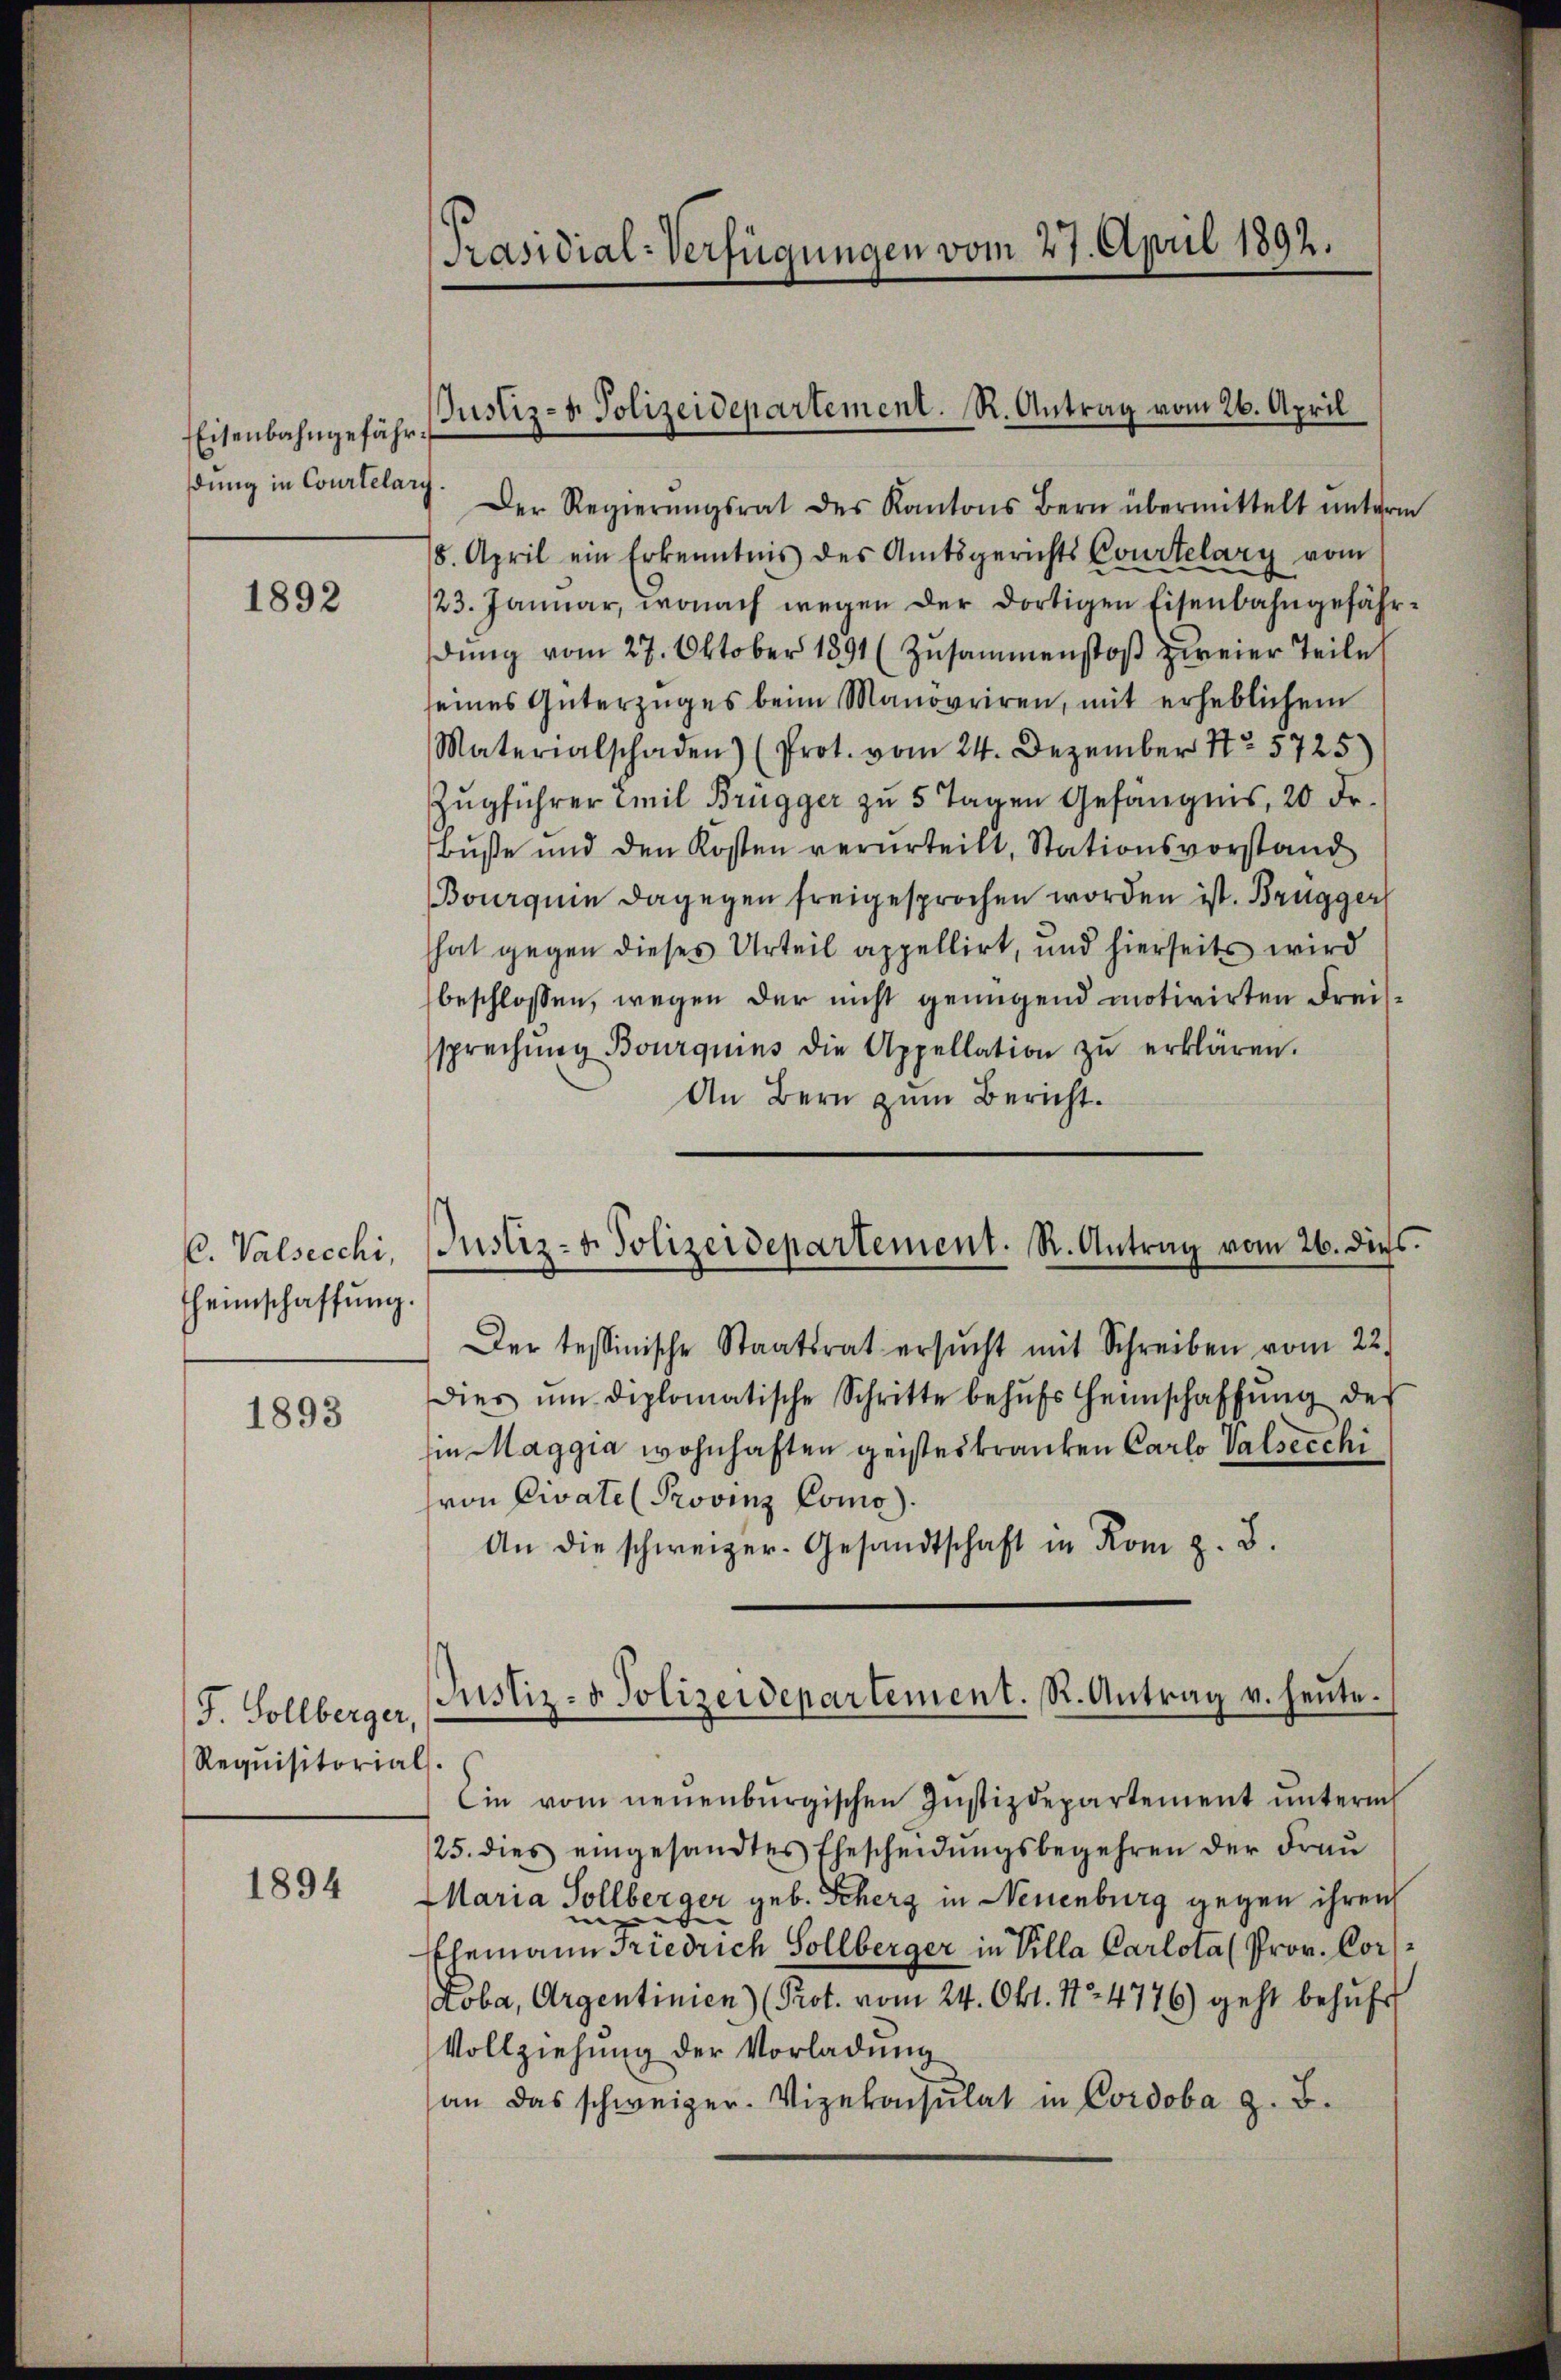
Eisenbahngefährdung in Courtelary

1892

C. Valsecchi,
heimschaffung.

1893

J. Sollberger,
Requisitorial

1894

Präsidial-Verfügungen vom 27. April 1892.

Der Regierŭngsrat des Kantons Bern übermittelt ŭnter-
5. April ein Erkenntnis des Amtsgerichts Courtelary vom
/23. Januar, wonach wegen der dortigen Eisenbahngefähr
dŭng vom 27. Oktober 1891 (Zŭsammenstoβ zweier Teile
seines Güterzŭges beim Manovriren, mit erheblichem
Materialschaden) (Prot. vom 24. Dezember No 5725
Zugführer Emil Brugger zu 5 Tagen Gefängnis, 20 Fr.
Buße und den Kosten verurteilt, Stationsvorstand
Bourquin dagegen freigesprochen worden ist. Brugger
hat gegen dieses Urteil appellirt, und hierseits wird
beschlossen, wegen der nicht genügend motivirten Freissprechŭng Bourquins die Appellation zŭ erklären.
An Bern zum Bericht.
Der tessinische Staatsrat ersŭcht mit Schreiben vom 22.
Dies um diplomatische Schritte behŭfs Heimschaffŭng des
in Maggia wohnhaften geisteskranken Carlo Valsecchi
von Civate (Provinz Como).
An die schweizer-Gesandtschaft in Rom z. B.
.
Ein vom neuenburgischen Justizdepartement ŭnterm
25. dies eingesandtes Ehescheidŭngsbegehren der Fraŭ
Maria Sollberger geb. Scherz in Neuenburg gegen ihren
Ehemann Friedrich Sollberger in Pilla Carlota (Prov. Coraoba, Argentinien (Prot. vom 24. Okt. No 4776) geht behufs
Vollziehung der Vorladung
an das schweizer. Vizekonsulat in Cordoba z. B.

Justiz- & Polizeidepartement. R. Antrag vom 26. April

Justiz- & Polizeidepartement. R. Antrag vom 26. dies

Justiz- & Polizeidepartement. R. Antrag v. heute.